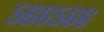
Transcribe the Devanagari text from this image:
५६६५६६